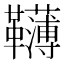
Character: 𩍿